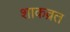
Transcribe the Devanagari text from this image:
शाकव्रत